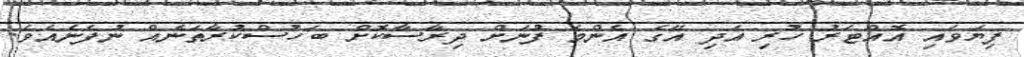
ފިޔަވައި އޮއްޓަރު ހުރި އަދި އޭގެ އެންމެ ފުނަށް ދިރާސާކޮށް ބަހުސްކުރާތަނެއް ނުފެނެއެވެ.